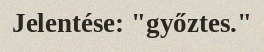
Jelentése: "győztes."